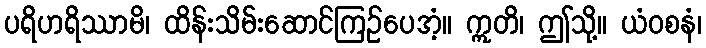
ပရိဟရိဿာမိ၊ ထိန်းသိမ်းဆောင်ကြဉ်ပေအံ့။ ဣတိ၊ ဤသို့။ ယံဝစနံ၊